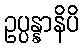
ဥပ္ပန္နာနိပိ